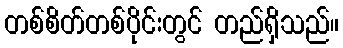
တစ်စိတ်တစ်ပိုင်းတွင် တည်ရှိသည်။